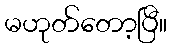
မဟုတ်တော့ပြီ။